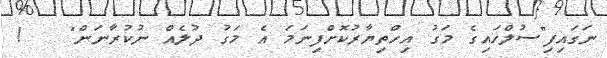
ނަގައިފި"ސުލްހައިގެ މަގު އިހްތިޔާރުކޮށްފިނަމަ އެ މަގު ދުލެއް ނުކުރާނަން"   !